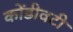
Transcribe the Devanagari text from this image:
कोंडीवटी